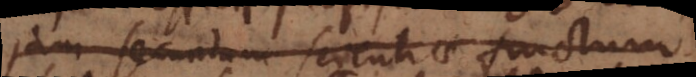
jam secundum scientiae fructum